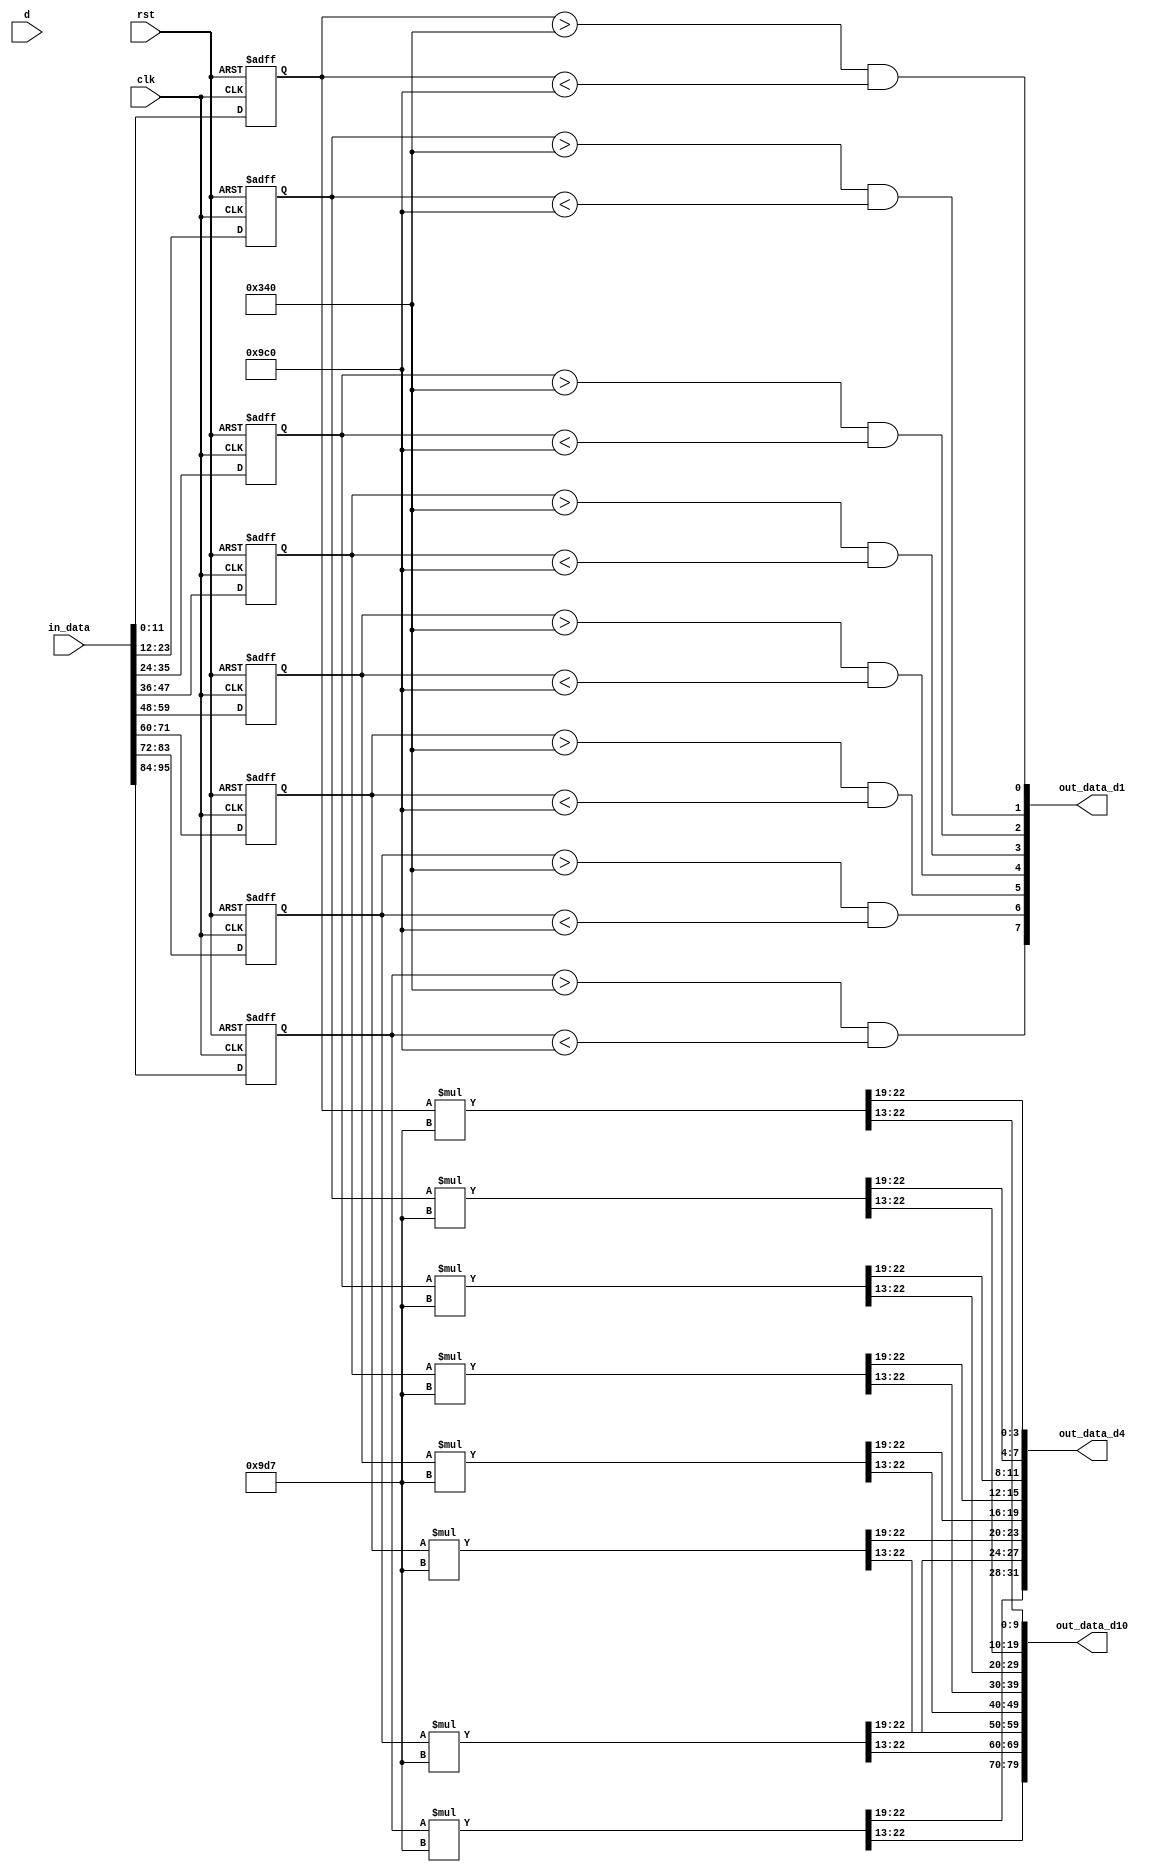
module compress (
    input clk,
    input rst,
    input [3:0] d,     
    input [95:0] in_data,
    output [7:0] out_data_d1,
    output [31:0] out_data_d4,
    output [79:0] out_data_d10
);

// input reg
integer i;
reg [11:0] in_reg [0:7];
reg [23:0] mul_out [0:7];

always @(posedge clk or posedge rst) begin
    if(rst) for(i=0; i<8; i=i+1) in_reg[i] <= 12'd0;
    else begin
        in_reg[0] <= in_data[11:00];
        in_reg[1] <= in_data[23:12];
        in_reg[2] <= in_data[35:24];
        in_reg[3] <= in_data[47:36];
        in_reg[4] <= in_data[59:48];
        in_reg[5] <= in_data[71:60];
        in_reg[6] <= in_data[83:72];
        in_reg[7] <= in_data[95:84];
    end
end

always @(*) begin
    for(i=0; i<8; i=i+1) mul_out[i] = in_reg[i] * 12'd2519; // 2519 = (2<<22)/3329 = (16<<19)/3329 = (1024<<13)/3329
end

//assign out_data_d1 = {  mul_out[7][22], mul_out[6][22], mul_out[5][22], mul_out[4][22], 
//                        mul_out[3][22], mul_out[2][22], mul_out[1][22], mul_out[0][22] } ; // mul_out >> 22
//
assign out_data_d1[7] = in_reg[7] > 12'd832 && in_reg[7] < 12'd2496;
assign out_data_d1[6] = in_reg[6] > 12'd832 && in_reg[6] < 12'd2496;
assign out_data_d1[5] = in_reg[5] > 12'd832 && in_reg[5] < 12'd2496;
assign out_data_d1[4] = in_reg[4] > 12'd832 && in_reg[4] < 12'd2496;
assign out_data_d1[3] = in_reg[3] > 12'd832 && in_reg[3] < 12'd2496;
assign out_data_d1[2] = in_reg[2] > 12'd832 && in_reg[2] < 12'd2496;
assign out_data_d1[1] = in_reg[1] > 12'd832 && in_reg[1] < 12'd2496;
assign out_data_d1[0] = in_reg[0] > 12'd832 && in_reg[0] < 12'd2496;

assign out_data_d4 = {  mul_out[7][22:19], mul_out[6][22:19], mul_out[5][22:19], mul_out[4][22:19], 
                        mul_out[3][22:19], mul_out[2][22:19], mul_out[1][22:19], mul_out[0][22:19] } ; // mul_out >> 19

assign out_data_d10 = { mul_out[7][22:13], mul_out[6][22:13], mul_out[5][22:13], mul_out[4][22:13], 
                        mul_out[3][22:13], mul_out[2][22:13], mul_out[1][22:13], mul_out[0][22:13] } ; // mul_out >> 13

endmodule